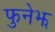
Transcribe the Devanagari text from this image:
फुनेझ